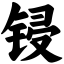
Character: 锓